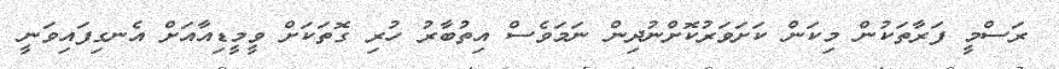
ރަސްމީ ފަރާތަކުން މިކަން ކަށަވަރުކޮށްނުދިން ނަމަވެސް އިތުބާރު ހުރި ގޮތަކަށް ވީމީޑިއާއަށް އެނގިފައިވަނީ